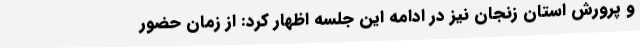
و پرورش استان زنجان نیز در ادامه این جلسه اظهار کرد: از زمان حضور